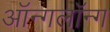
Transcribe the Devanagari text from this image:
ऑन्गलॉन्ग